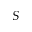
\cal { S }